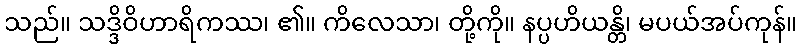
သည်။ သဒ္ဒိဝိဟာရိကဿ၊ ၏။ ကိလေသာ၊ တို့ကို။ နပ္ပဟိယန္တိ၊ မပယ်အပ်ကုန်။